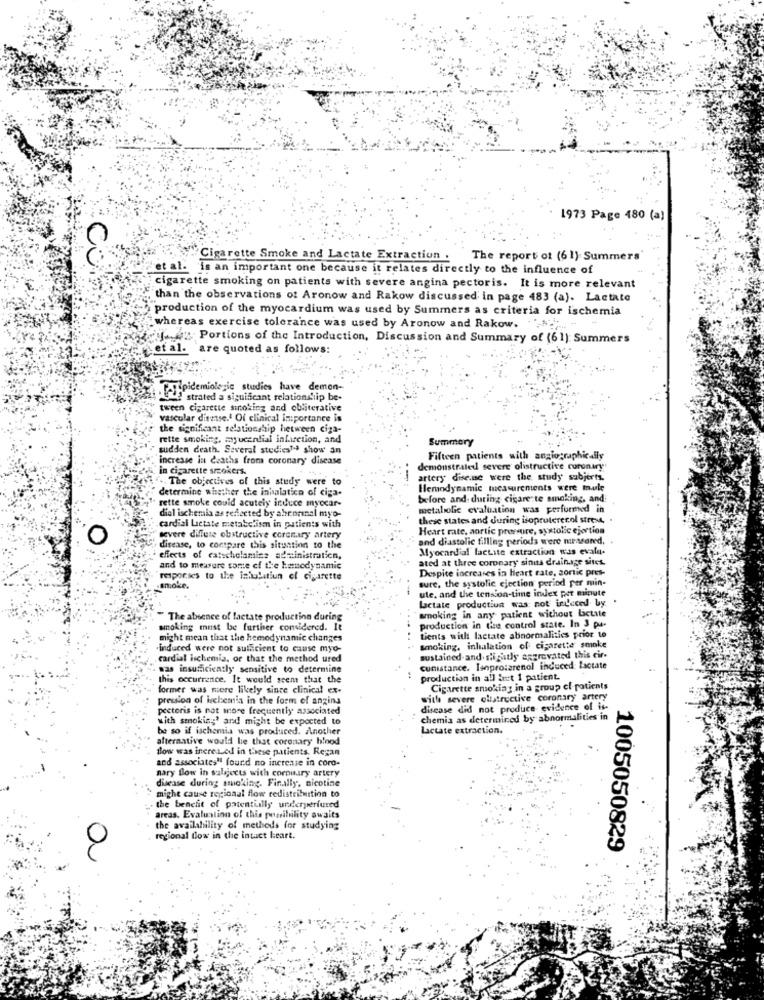
1973 Page 480 (a)
CO
Cigarette Smoke and Lactate Extraction .
The report ot (61) Summers
et al. Is an important one because it relates directly to the influence of
cigarette smoking on patients with severe angina pectoris. It is more relevant
than the observations of Aronow and Rakow discussed in page 483 (a). Lactate
production of the myocardium was used by Summers as criteria for ischemia
whereas exercise tolerance was used by Aronow and Rakow. "" .... "
telf.2 Portions of the Introduction, Discussion and Summary of (61) Summers
et al. 'are quoted as follows:
PIpidemiologic studies have demon-
Ve strated a significant relationship be-
tween cigarette sinoking and obliterative
vascular disatse.4 Of clinical importance is
the significant relationship hetween ciza-
rette smoking, mayucential infarction, and
Summary
sudden death. Several studies1ª show an
increase in deaths from coronary disease
Fifteen patients with angiographically
in cigarette smokers.
demonstratedl severe olistructive curonury
. The objectives of this study were to
artery dise.ne were the study subjerts.
determine whether the inisalatica of ciga.
Hemodynamic measurements were mule
rette smoke could acutely induce myocar-
before and during cigarette smoking, and:
dial ischemia as reflected by abronnal myo-
metabolic evaluation was performed in
these states and during isoprutererol strom.
cardial Lactate metabolism in patients with
Heart rate, aortic pressure, systolic ejertion
severe diffuse obstructive coronary artery
and diastolic filling periods were nissaned.
disease, to compare this situation to the
Myocardial lacuite extraction was evalu.
effects of catscholamine administration,
ated at three coronary sinits drainage sitet.
and to measure some of the hemodynamic
Despite increases in heart rate, aortic pres-
responses to the inhulatiun cl cigarette
sure, the systolic ejection period per min-
smoke.
ute, and the tension-time index per minute
lactate production was not indcced by.
smoking in any patient without Lactate
The absence of lactate production during
smoking must be further considered. It
production in (ise control state. In 3 pa-
might mean that the hemodynamic changes
tients with lactate abnormalities prior to
induced were not sufficient to cause myo-
smoking, inhalation of cigarette smoke
cardial ischemia, or that the method ured
sustained-and. slightly aggravated this cir-
was insufficiently sensitive to determine
cunstance. Isoprotarenol induced Lactate
this occurrence. It would seem that the
production in all iert 1 patient.
former was more likely since clinical ex-
Cigarette smoking in a group of patients
pression of ischemia in the form of angina
with severe obstructive coronary artery
pectoris is not more frequently associated
disease did not produce evidence of is
with smoking' and might be expected to
chemia as determined by abnormalities in
be so if ischemia was produced. Another
Lactate extraction.
alternative would le that coronary blood
flow was inereLed in these patients. Regan
and associates" found no increase in coro-
nary Bow in subjects with cornisary artery
disease during smoking. Finally, nicotine
might cause regional flow redistribution to
the benchit of patentially undlerperfused
areas. Evaluation of this possibility awaits
the availability of methods for studying
regional flow in the intact leart.
a
1005050829